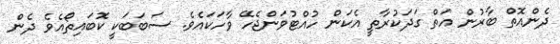
ދެންއޮތް ބާރުން އަތް ގަދަކުރާތީ އެކަން ހުއްޓުވަންޖެހޭ ވާހަކައެވެ. ސަބަބަކީ ކޮބައިތޯއެވެ ދެން